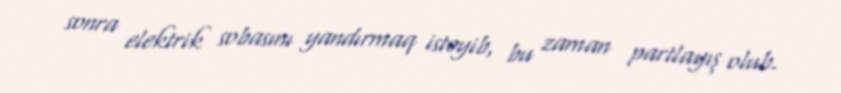
sonra elektrik sobasını yandırmaq istəyib, bu zaman partlayış olub.